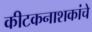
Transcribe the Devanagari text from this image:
कीटकनाशकांचे